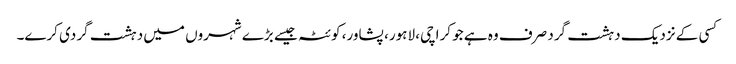
کسی کے نزدیک دہشت گرد صرف وہ ہے جو کراچی، لاہور، پشاور، کوئٹہ جیسے بڑے شہروں میں دہشت گردی کرے۔